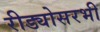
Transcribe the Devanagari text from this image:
रीड्योसरभी